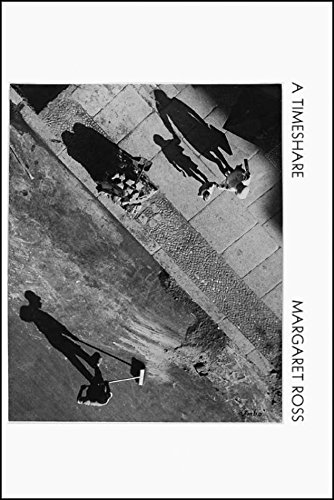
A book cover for A Timeshare; Margaret Ross; Literature & Fiction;